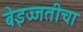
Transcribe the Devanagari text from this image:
बेइज्जतीचा